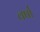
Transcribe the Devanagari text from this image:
वर्षाँ